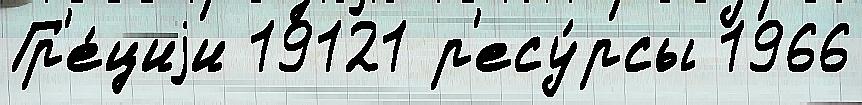
Гр'е́циjи 19121 р'есу́рсы 1966